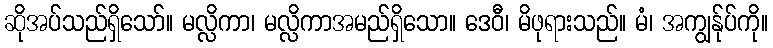
ဆိုအပ်သည်ရှိသော်။ မလ္လိကာ၊ မလ္လိကာအမည်ရှိသော။ ဒေဝီ၊ မိဖုရားသည်။ မံ၊ အကျွန်ုပ်ကို။